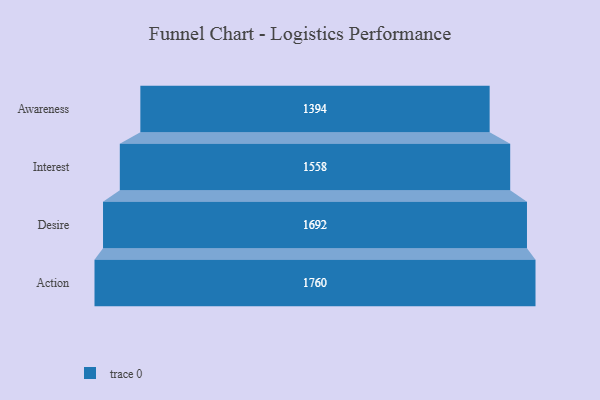
{"axis": {"x": "Stage", "y": "Value"}, "legend": [""], "data": [{"x": "Awareness", "y": 1394.0, "type": ""}, {"x": "Interest", "y": 1558.0, "type": ""}, {"x": "Desire", "y": 1692.0, "type": ""}, {"x": "Action", "y": 1760.0, "type": ""}]}